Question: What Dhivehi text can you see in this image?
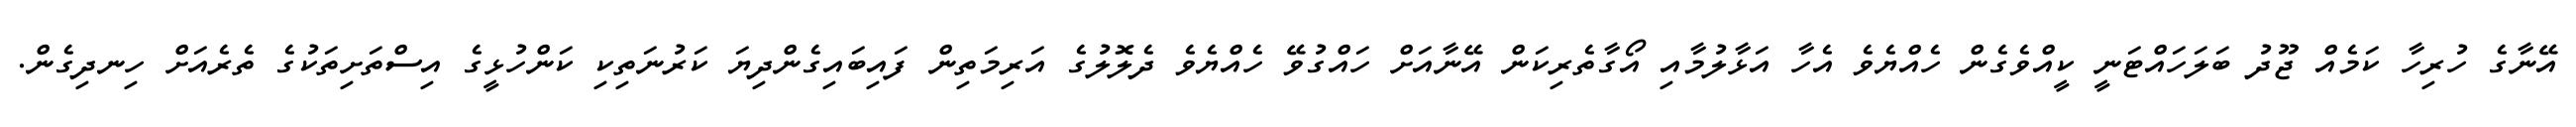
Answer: އޭނާގެ ހުރިހާ ކަމެއް ޖޫދު ބަލަހައްޓަނީ ކީއްވެގެން ހެއްޔެވެ އެހާ އަޅާލުމާއި އޯގާތެރިކަން އޭނާއަށް ހައްގުވޭ ހެއްޔެވެ ދެލޮލުގެ އަރިމަތިން ފައިބައިގެންދިޔަ ކަރުނަތިކި ކަންހުޅީގެ އިސްތަށިތަކުގެ ތެރެއަށް ހިނދިގެން.